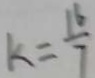
k = \frac { 1 6 } { 7 }